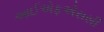
આઈએફએસસી